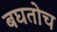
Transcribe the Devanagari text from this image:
बघतोच